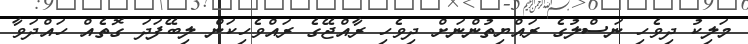
މަލިކު ދިވެހި ނަސްލުގެ ރައްޔިތުންނަށް ދިވެހި ރާއްޖޭގެ ރައްވެހިކަން ލިބޭފަދަ ގޮތެއް ހައްދަވާ